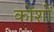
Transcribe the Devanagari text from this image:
कोंशों